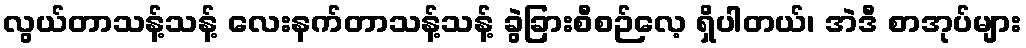
လွယ်တာသန့်သန့် လေးနက်တာသန့်သန့် ခွဲခြားစီစဉ်လေ့ ရှိပါတယ်၊ အဲဒီ စာအုပ်များ